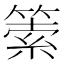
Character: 𥰼